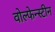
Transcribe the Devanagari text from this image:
वोल्फेन्स्टीन